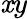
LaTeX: \mathit{x}y